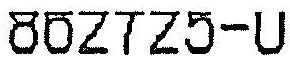
862725-U